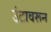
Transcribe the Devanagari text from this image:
उंटावरून